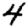
Digit: 4